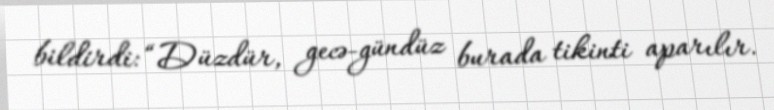
bildirdi: “Düzdür, gecə-gündüz burada tikinti aparılır.